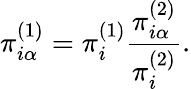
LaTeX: \pi_{i\alpha}^{(1)}=\pi_{i}^{(1)}\frac{\pi_{i\alpha}^{(2)}}{\pi_{i}^{(2)}}.